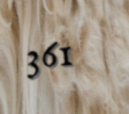
361